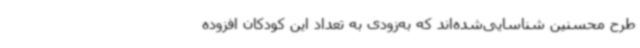
طرح محسنین شناسایی‌شده‌اند که به‌زودی به تعداد این کودکان افزوده